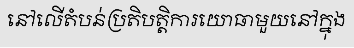
នៅលើតំបន់ប្រតិបត្តិការយោធាមួយនៅក្នុង